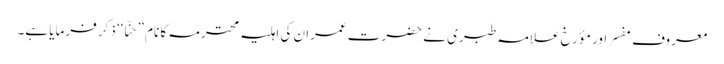
معروف مفسر اور مؤرخ علامہ طبری نے حضرت عمران کی اہلیہ محترمہ کا نام ”حنّا‘‘ ذکر فرمایا ہے۔